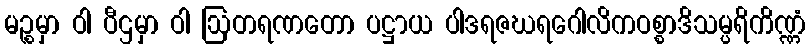
မဉ္စမှာ ဝါ ပီဌမှာ ဝါ ဩတရဏတော ပဋ္ဌာယ ပါဒရဇဃရဂေါလိကဝစ္စာဒိသမ္ပရိကိဏ္ဏံ